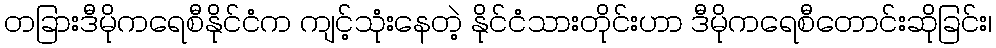
တခြားဒီမိုကရေစီနိုင်ငံက ကျင့်သုံးနေတဲ့ နိုင်ငံသားတိုင်းဟာ ဒီမိုကရေစီတောင်းဆိုခြင်း၊